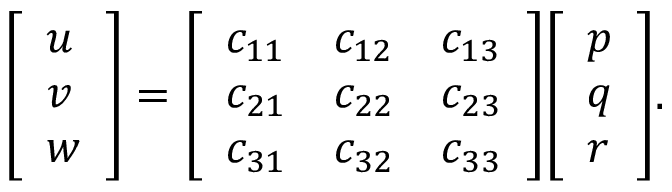
{ \left[ \begin{array} { l } { u } \\ { v } \\ { w } \end{array} \right] } = { \left[ \begin{array} { l l l } { c _ { 1 1 } } & { c _ { 1 2 } } & { c _ { 1 3 } } \\ { c _ { 2 1 } } & { c _ { 2 2 } } & { c _ { 2 3 } } \\ { c _ { 3 1 } } & { c _ { 3 2 } } & { c _ { 3 3 } } \end{array} \right] } { \left[ \begin{array} { l } { p } \\ { q } \\ { r } \end{array} \right] } .